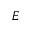
E